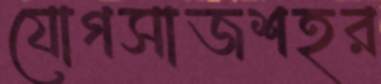
যোগসাজশহর